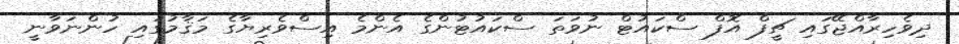
ދިވެހިރާއްޖޭގައި ޗީފް އޮފް ސްކައުޓް ނުވަތަ ސްކައުޓުންގެ އެންމެ އިސްވެރިޔާގެ މަޤާމުގައި ހުންނަވާނީ